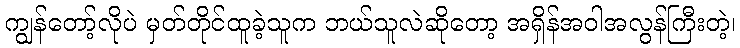
ကျွန်တော့်လိုပဲ မှတ်တိုင်ထူခဲ့သူက ဘယ်သူလဲဆိုတော့ အရှိန်အဝါအလွန်ကြီးတဲ့၊